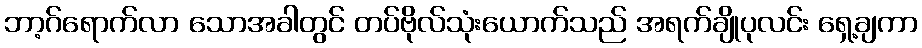
ဘာ့ဂ်ရောက်လာ သောအခါတွင် တပ်ဗိုလ်သုံးယောက်သည် အရက်ချိုပုလင်း ရှေ့ချကာ